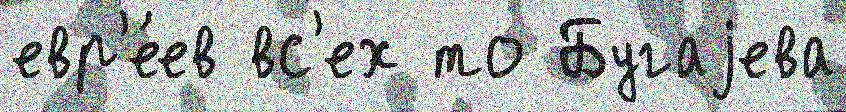
евр'е́ев вс'ех то Бугаjева